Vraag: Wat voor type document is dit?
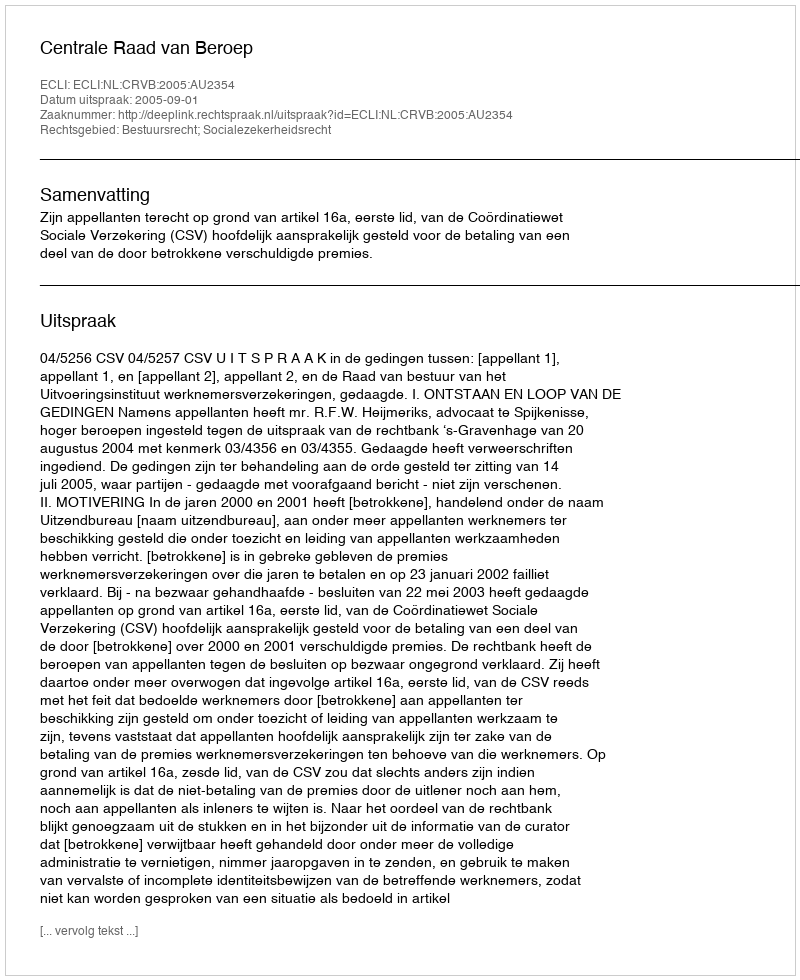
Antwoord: Uitspraak